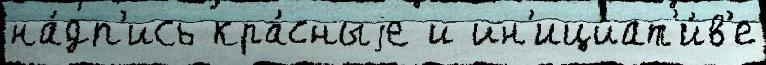
на́дп'ись кра́сныjе и ин'ициат'и́в'е